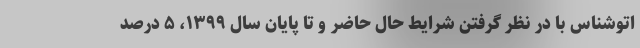
اتوشناس با در نظر گرفتن شرایط حال حاضر و تا پایان سال ۱۳۹۹، ۵ درصد